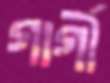
গার্গী